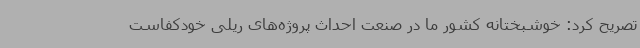
تصریح کرد: خوشبختانه کشور ما در صنعت احداث پروژه‌های ریلی خودکفاست